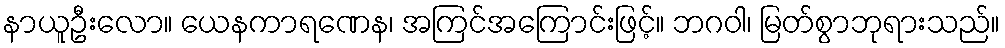
နာယူဦးလော။ ယေနကာရဏေန၊ အကြင်အကြောင်းဖြင့်။ ဘဂဝါ၊ မြတ်စွာဘုရားသည်။